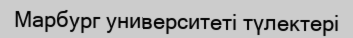
Марбург университеті түлектері